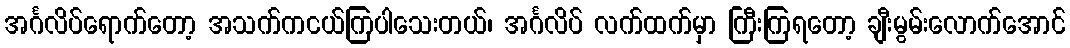
အင်္ဂလိပ်ရောက်တော့ အသက်ကငယ်ကြပါသေးတယ်၊ အင်္ဂလိပ် လက်ထက်မှာ ကြီးကြရတော့ ချီးမွမ်းလောက်အောင်